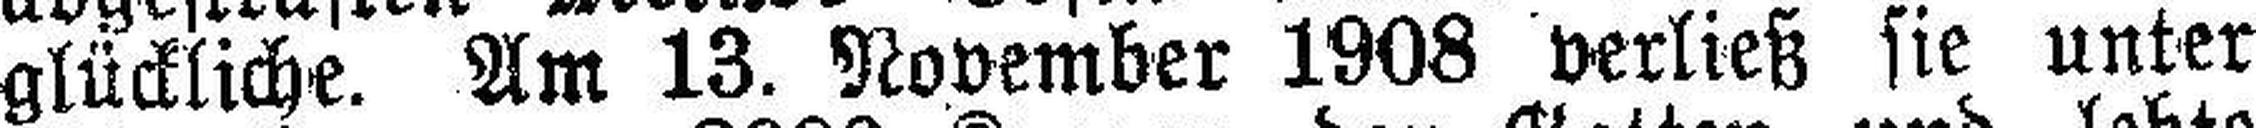
glückliche. Am 13. November 1908 verließ sie unter